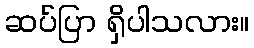
ဆပ်ပြာ ရှိပါသလား။